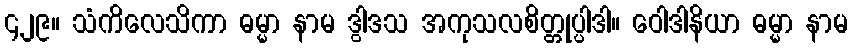
၄၂၉။ သံကိလေသိကာ ဓမ္မာ နာမ ဒွါဒသ အကုသလစိတ္တုပ္ပါဒါ။ ဝေါဒါနိယာ ဓမ္မာ နာမ